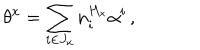
\theta ^ { x } = \sum _ { i \in J _ { x } } n _ { i } ^ { H _ { x } } \alpha ^ { i } \, ,